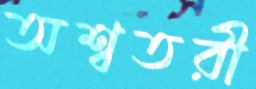
অশ্বতরী